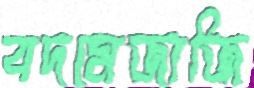
বদমেজাজি